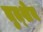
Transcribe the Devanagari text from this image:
तुत्शेव